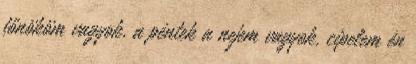
főnököm vagyok, a péntek a nejem vagyok, cipelem én